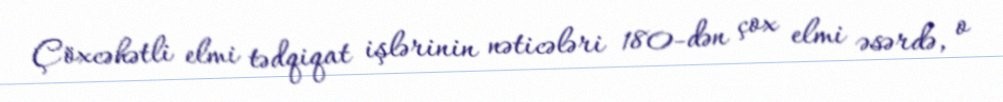
Çöxcəhətli elmi tədqiqat işlərinin nəticələri 180-dən çox elmi əsərdə, o